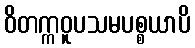
ဝိတက္ကဝူပသမပစ္စယာပိ